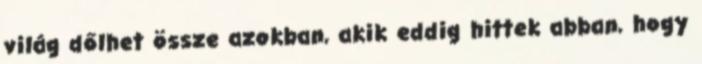
világ dőlhet össze azokban, akik eddig hittek abban, hogy